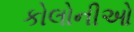
કોલોનીઓ